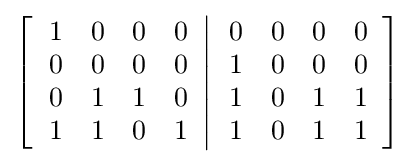
\left[\left.{\begin{array}{cccc}1&0&0&0\\0&0&0&0\\0&1&1&0\\1&1&0&1\end{array}}\right\vert {\begin{array}{cccc}0&0&0&0\\1&0&0&0\\1&0&1&1\\1&0&1&1\end{array}}\right]